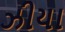
ઝીયા